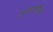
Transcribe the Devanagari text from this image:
अंतरासक्रिय